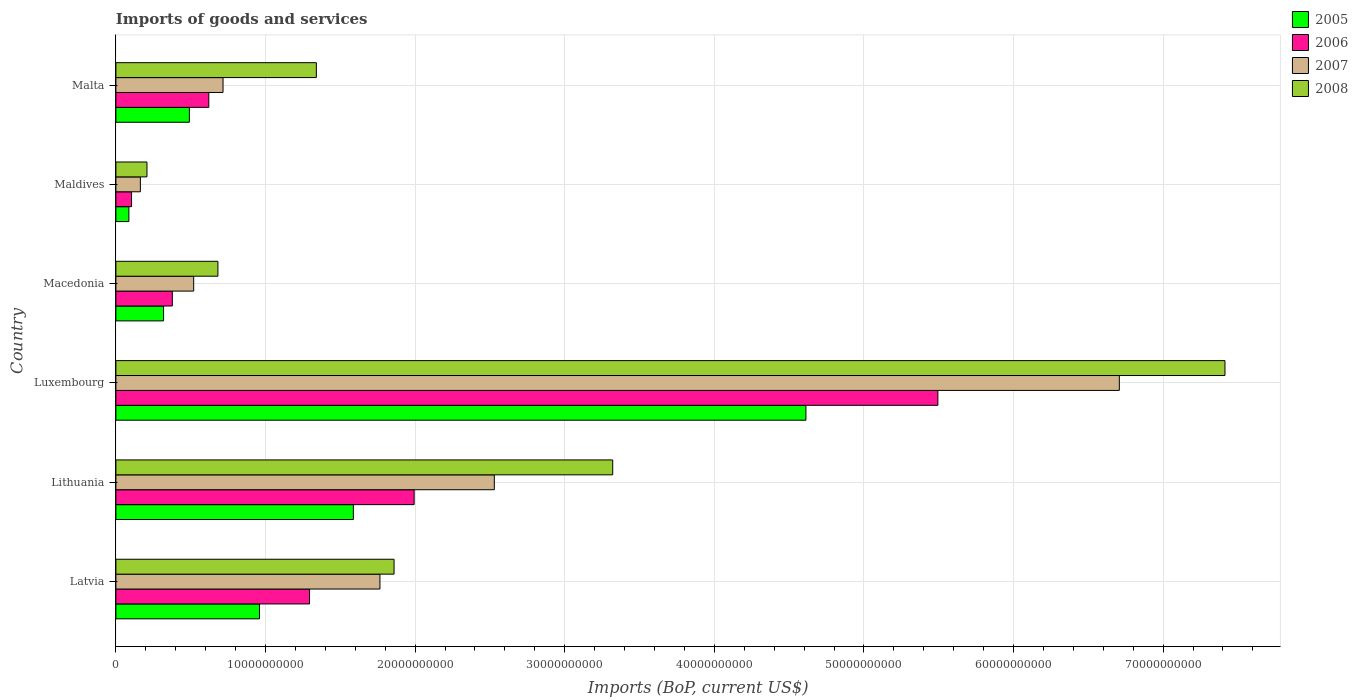
| Country | 2005 | 2006 | 2007 | 2008 |
 | --- | --- | --- | --- | --- |
 | Latvia | 9.6e+09 | 1.29e+10 | 1.76e+10 | 1.86e+10 |
 | Lithuania | 1.59e+10 | 1.99e+10 | 2.53e+10 | 3.32e+10 |
 | Luxembourg | 4.61e+10 | 5.49e+10 | 6.71e+10 | 7.41e+10 |
 | Macedonia | 3.19e+09 | 3.77e+09 | 5.2e+09 | 6.82e+09 |
 | Maldives | 8.69e+08 | 1.05e+09 | 1.64e+09 | 2.08e+09 |
 | Malta | 4.91e+09 | 6.21e+09 | 7.16e+09 | 1.34e+10 |